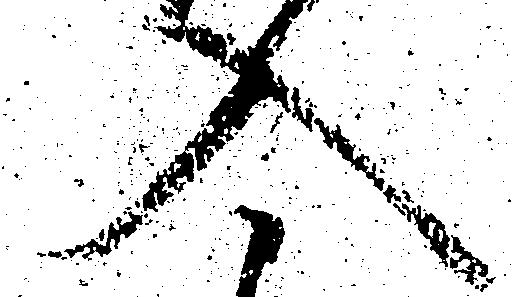
入